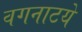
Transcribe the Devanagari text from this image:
वगनाटये